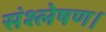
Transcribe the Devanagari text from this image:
संश्लेषण।